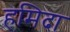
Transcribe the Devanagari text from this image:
हमिदा